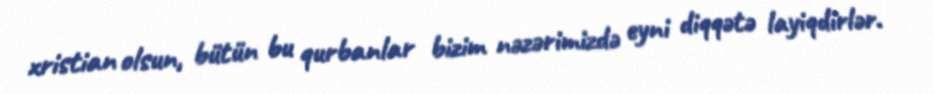
xristian olsun, bütün bu qurbanlar bizim nəzərimizdə eyni diqqətə layiqdirlər.